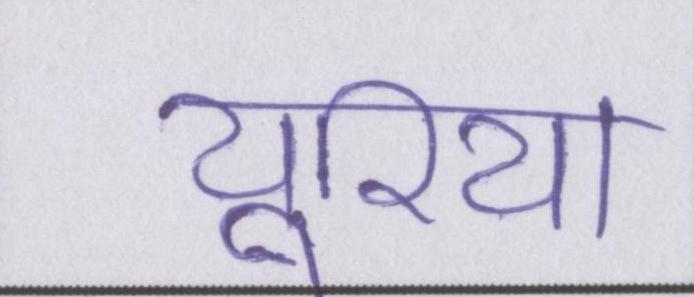
यूरिया